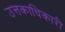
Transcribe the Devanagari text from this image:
उत्तकाधिकारी